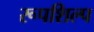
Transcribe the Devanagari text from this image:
रूपशिल्प